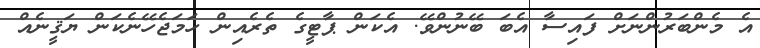
އެ މެންބަރުންނަށް ފައިސާ އެބަ ބޭނުންވޭ. އެކަން ޕާޓީގެ ތެރެއިން ހަމަޖެހޭނެކަން ޔަޤީނެއް